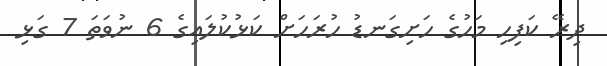
ދިރޭ ކަފިހި މަހުގެ ހަށިގަނޑު ހުރަހަށް ކަޅުކުލައިގެ 6 ނުވަތަ 7 ގަޅި